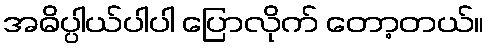
အဓိပ္ပါယ်ပါပါ ပြောလိုက် တော့တယ်။